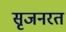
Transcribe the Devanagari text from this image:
सृजनरत